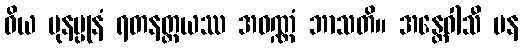
ဝိယ ပုနပ္ပုနံ ရတနတ္တယဿ အဝဏ္ဏံ ဘာသတိ။ အန္တေဝါသီ ပန